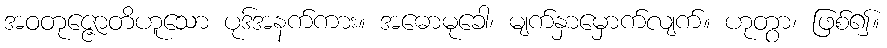
အဝတုဇ္ဇောတိဟူသော ပုဒ်အနက်ကား။ အဓောမုခေါ၊ မျက်နှာမှောက်လျက်။ ဟုတွာ၊ ဖြစ်၍။